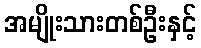
အမျိုးသားတစ်ဦးနှင့်